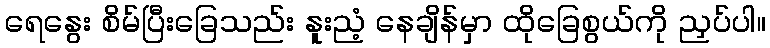
ရေနွေး စိမ်ပြီးခြေသည်း နူးညံ့ နေချိန်မှာ ထိုခြေစွယ်ကို ညှပ်ပါ။